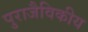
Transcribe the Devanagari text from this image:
पुराजैविकीय